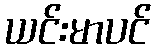
ယင်းမာပင်